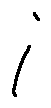
i